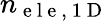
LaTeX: n_{\mathrm{~e~l~e~,~1~D~}}